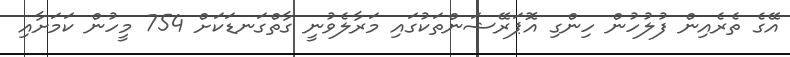
އޭގެ ތެރެއިން ފުލުހުން ހިންގި އޮޕަރޭޝަންތަކުގައި މަރާލެވުނީ ގާތްގަނޑަކަށް 754 މީހުން ކަމަށާއި